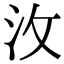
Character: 㳊